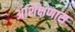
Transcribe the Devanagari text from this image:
अशिक्षणास